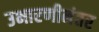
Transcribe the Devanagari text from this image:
उभारणीनंतर